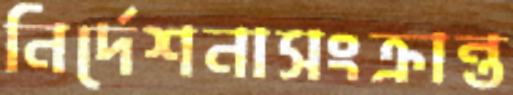
নির্দেশনাসংক্রান্ত